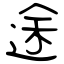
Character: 途